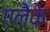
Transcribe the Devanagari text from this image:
एलैके